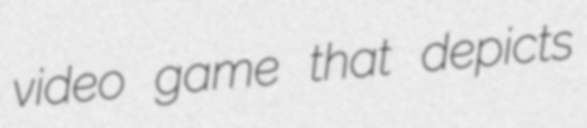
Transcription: video game that depicts